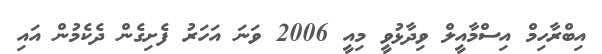
އިބްރާހިމް އިސްމާއީލް ވިދާޅުވީ މިއީ 2006 ވަނަ އަހަރު ފެށިގެން ދެކެމުން އައި